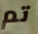
تم